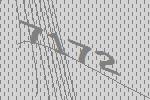
7172